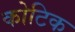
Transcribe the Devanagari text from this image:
कोटिक